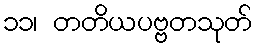
၁၁၊ တတိယပဗ္ဗတသုတ်